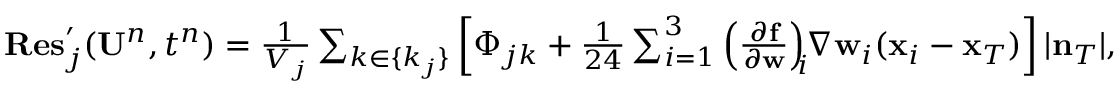
\begin{array} { r } { { \bf R e s } _ { j } ^ { \prime } ( { \bf U } ^ { n } , t ^ { n } ) = \frac { 1 } { V _ { j } } \sum _ { k \in \{ k _ { j } \} } \left[ \Phi _ { j k } + \frac { 1 } { 2 4 } \sum _ { i = 1 } ^ { 3 } \left( \frac { \partial { \bf f } } { \partial { \bf w } } \right) _ { \! \! i } \! \! \nabla { \bf w } _ { i } ( { \bf x } _ { i } - { \bf x } _ { T } ) \right] | { \bf n } _ { T } | , } \end{array}